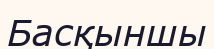
Басқыншы